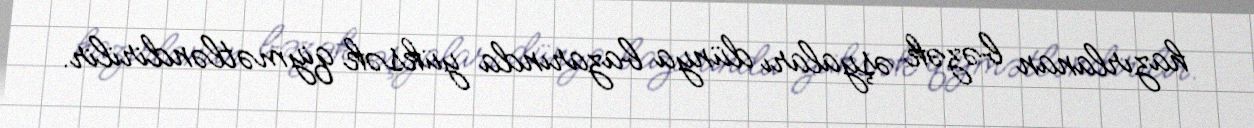
hazırlanan bəzək əşyaları dünya bazarında yüksək qiymətləndirilir.